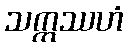
သက္ကဿဟံ